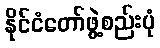
နိုင်ငံတော်ဖွဲ့စည်းပုံ